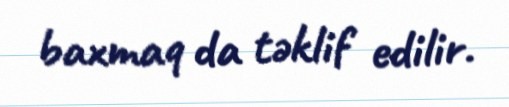
baxmaq da təklif edilir.